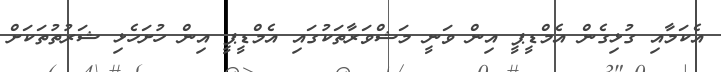
އެކަމާއި ގުޅިގެން އެމްޑީޕީ އިން ވަނީ މަޝްވަރާތަކުގައި އެމްޑީޕީ އިން ހުށަހެޅި ޝަރުތުތަކަށް